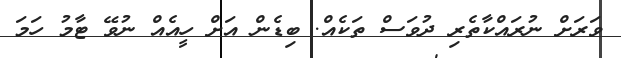
ވަރަށް ނުރައްކާތެރި ދުވަސް ތަކެއް. ބިޑެން އަށް ހީއެއް ނުވޭ ޓާމު ހަމަ